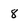
Character: 8